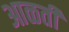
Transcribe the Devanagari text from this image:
आळती